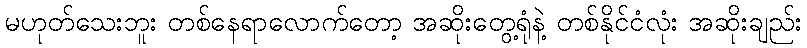
မဟုတ်သေးဘူး တစ်နေရာလောက်တော့ အဆိုးတွေ့ရုံနဲ့ တစ်နိုင်ငံလုံး အဆိုးချည်း